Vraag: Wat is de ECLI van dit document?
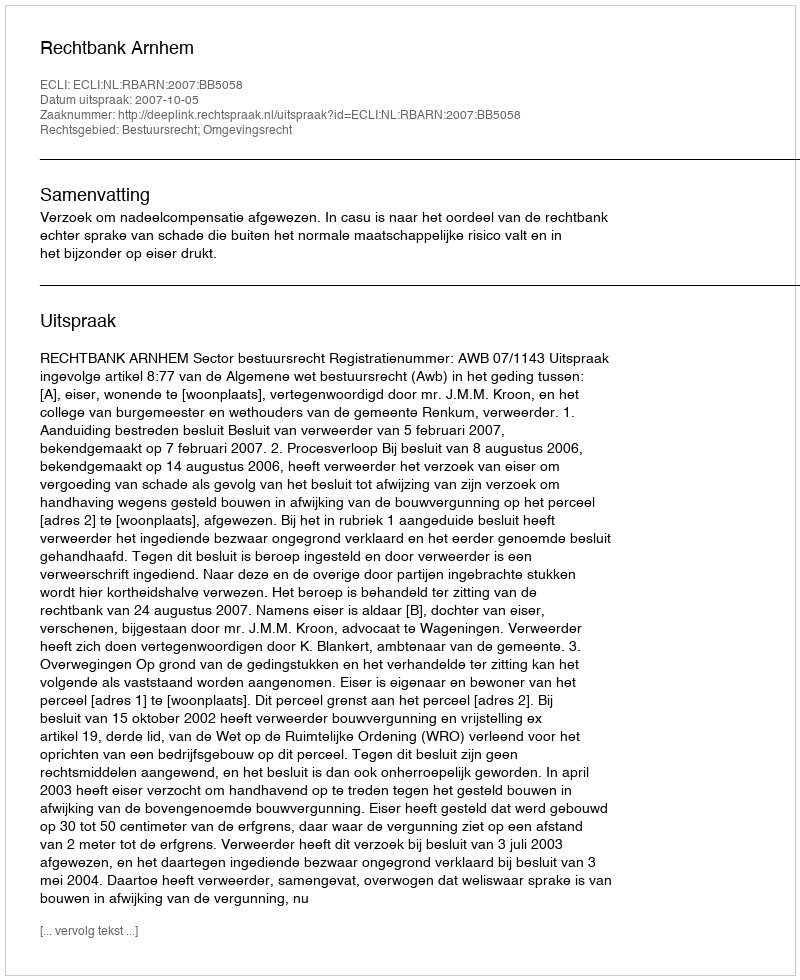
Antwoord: ECLI:NL:RBARN:2007:BB5058